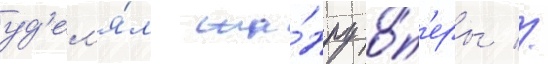
уд'ел'я́л жа́нру о́п'еры //